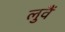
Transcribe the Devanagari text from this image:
लुवैं